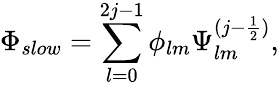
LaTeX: \Phi_{slow}=\sum_{l=0}^{2j-1}\phi_{lm}\Psi_{lm}^{(j-\frac{1}{2})},